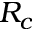
R _ { c }